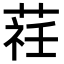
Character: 𦵞